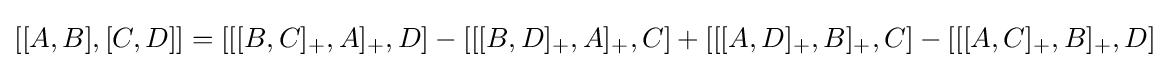
[[A,B],[C,D]]=[[[B,C]_{+},A]_{+},D]-[[[B,D]_{+},A]_{+},C]+[[[A,D]_{+},B]_{+},C]-[[[A,C]_{+},B]_{+},D]